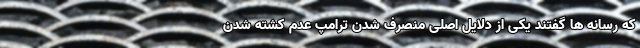
که رسانه ها گفتند یکی از دلایل اصلی منصرف شدن ترامپ عدم کشته شدن